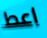
اعط